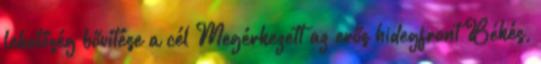
lehetőség bővítése a cél Megérkezett az erős hidegfront Békés,